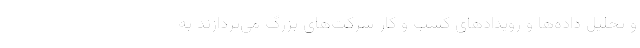
و تحلیل داده‌ها و رویدادهای کسب و کار شرکت‌های بزرگ می‌پردازند به